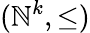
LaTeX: (\mathbb{N}^{k},\leq)